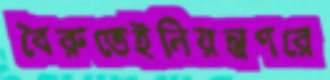
বৈরুতেইনিয়ন্ত্রণরে